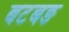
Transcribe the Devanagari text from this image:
बटबङ